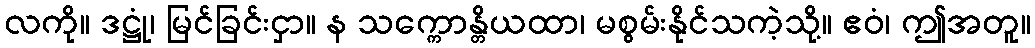
လကို။ ဒဋ္ဌုံ၊ မြင်ခြင်းငှာ။ န သက္ကောန္တိယထာ၊ မစွမ်းနိုင်သကဲ့သို့။ ဧဝံ၊ ဤအတူ။